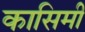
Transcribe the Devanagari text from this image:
कासिमी